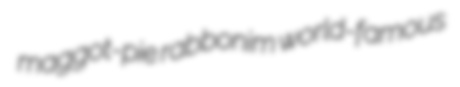
maggot-pie rabbonim world-famous